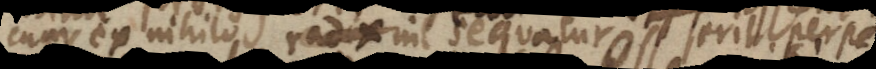
cum ex nihilo nil sequatur erit perp.